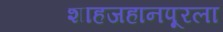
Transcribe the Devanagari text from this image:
शाहजहानपूरला